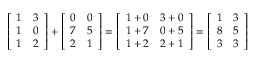
{ \left[ \begin{array} { l l } { 1 } & { 3 } \\ { 1 } & { 0 } \\ { 1 } & { 2 } \end{array} \right] } + { \left[ \begin{array} { l l } { 0 } & { 0 } \\ { 7 } & { 5 } \\ { 2 } & { 1 } \end{array} \right] } = { \left[ \begin{array} { l l } { 1 + 0 } & { 3 + 0 } \\ { 1 + 7 } & { 0 + 5 } \\ { 1 + 2 } & { 2 + 1 } \end{array} \right] } = { \left[ \begin{array} { l l } { 1 } & { 3 } \\ { 8 } & { 5 } \\ { 3 } & { 3 } \end{array} \right] }